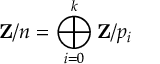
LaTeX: \mathbf { Z } / n = \bigoplus _ { i = 0 } ^ { k } \mathbf { Z } / p _ { i }